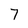
Character: 7